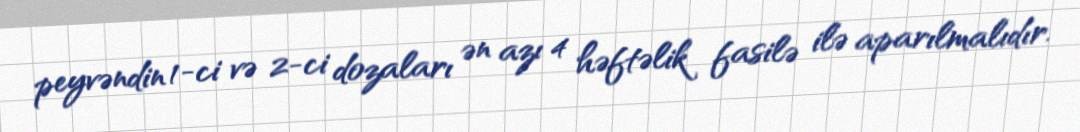
peyvəndin 1-ci və 2-ci dozaları ən azı 4 həftəlik fasilə ilə aparılmalıdır.